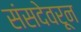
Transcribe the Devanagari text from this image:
संसदेवरून